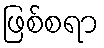
ဖြစ်စရာ